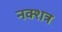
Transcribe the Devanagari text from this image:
नक्शत्र